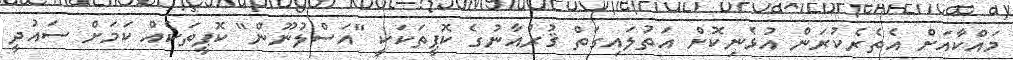
މައްކާއަށް އެތެރެކުރަން އުޅެނިކޮށް އަތުލައިގަތް ޤުރުއާނުގެ ކޮޕީތަކަކީ "އަސްލުނޫން" ކޮޕީތަކެއް ކަމަށް ސައުދީ